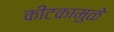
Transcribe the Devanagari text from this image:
कीटकामुळे